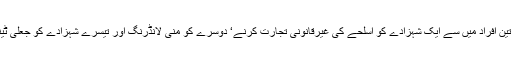
سعودی سرکاری میڈیا کے مطابق شاہی خاندان کے گرفتار تین افراد میں سے ایک شہزادے کو اسلحے کی غیرقانونی تجارت کرنے‘ دوسرے کو منی لانڈرنگ اور تیسرے شہزادے کو جعلی ٹینڈر اور مالی خوردبرد کے الزام میں حراست میں لیا گیا ہے۔